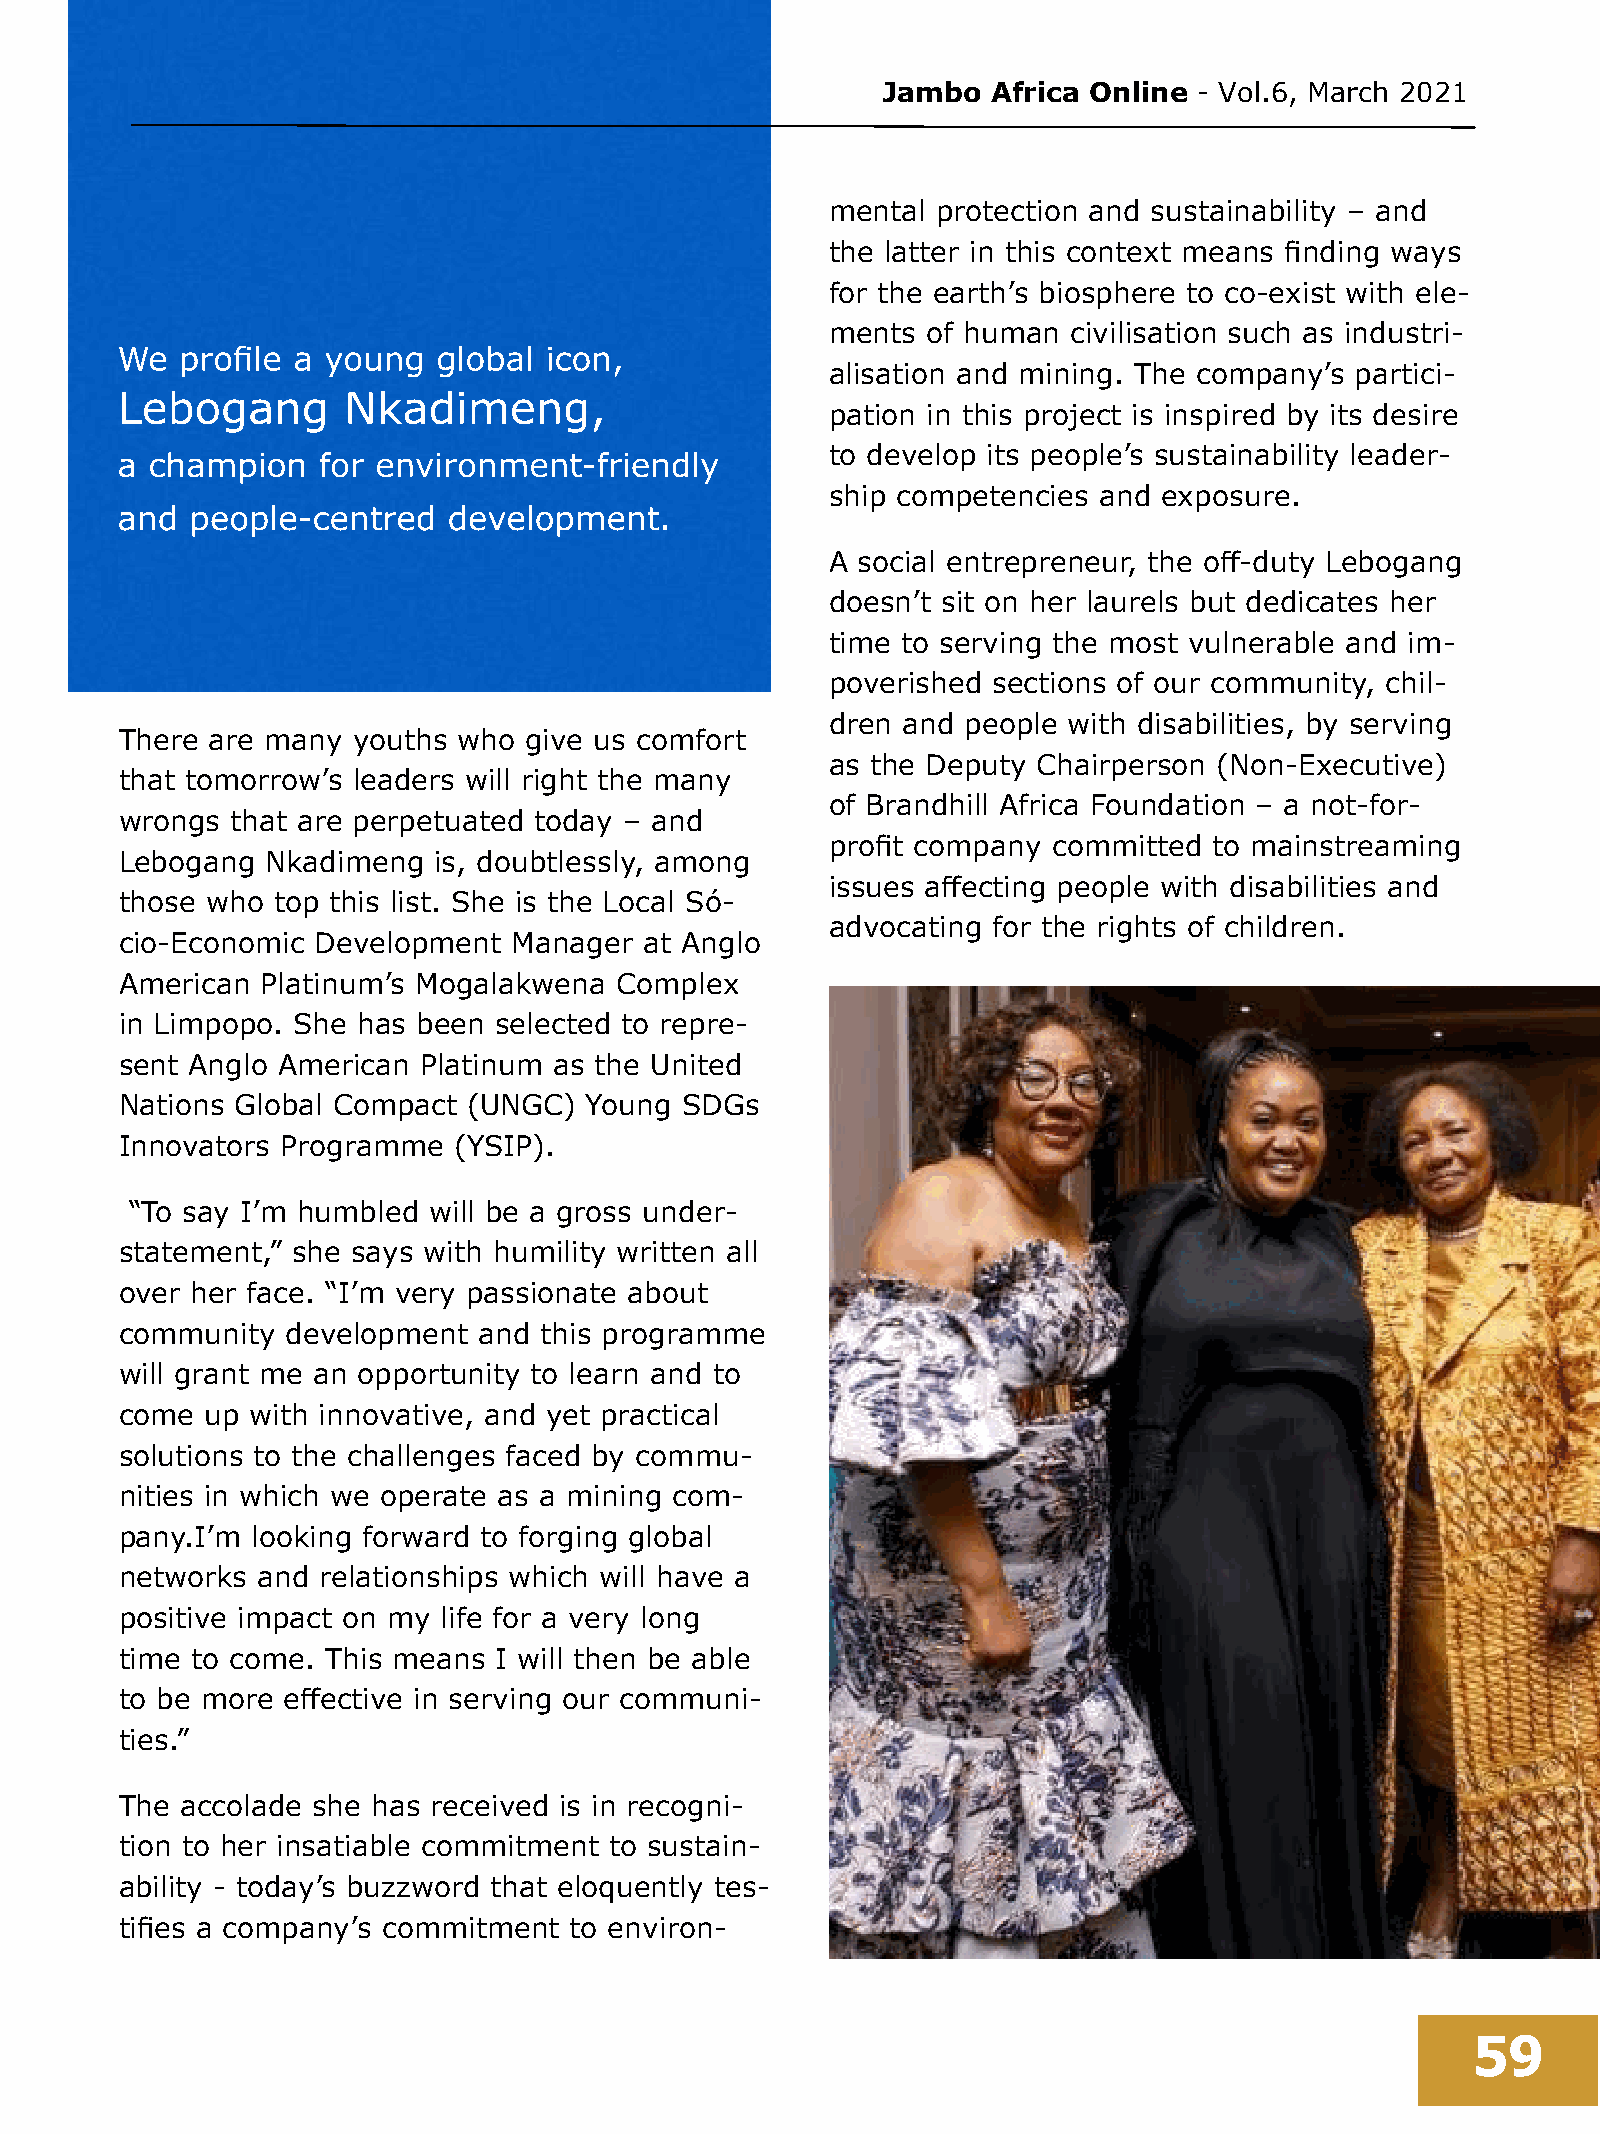
Jambo   Africa Online - Vol.6, March 2021
 mental protection and sustainability – and
 the latter in this context means finding ways
 for the earth’s biosphere to co-exist with ele-
 ments of human  civilisation such as industri-
 alisation and mining. The company’s partici-
 pation in this project is inspired by its desire
 to develop its people’s sustainability leader-
 ship competencies and exposure.
 A social entrepreneur, the off-duty Lebogang
 doesn’t sit on her laurels but dedicates her
 time to serving the most vulnerable and im-
 poverished sections of our community, chil-
 dren and people with disabilities, by serving
 There are many youths who  give us comfort
 as the Deputy Chairperson (Non-Executive)
 that tomorrow’s leaders will right the many
 of Brandhill Africa Foundation – a not-for-
 wrongs that are perpetuated today – and
 profit company committed to mainstreaming
 Lebogang  Nkadimeng  is, doubtlessly, among
 issues affecting people with disabilities and
 those who top this list. She is the Local Só-
 advocating for the rights of children.
 cio-Economic Development  Manager  at Anglo
 American Platinum’s Mogalakwena  Complex
 in Limpopo. She has been selected to repre-
 sent Anglo American Platinum as the United
 Nations Global Compact (UNGC)  Young SDGs
 Innovators Programme  (YSIP).
 “To say I’m humbled will be a gross under-
 statement,” she says with humility written all
 over her face. “I’m very passionate about
 community  development  and this programme
 will grant me an opportunity to learn and to
 come  up with innovative, and yet practical
 solutions to the challenges faced by commu-
 nities in which we operate as a mining com-
 pany.I’m looking forward to forging global
 networks and relationships which will have a
 positive impact on my life for a very long
 time to come. This means I will then be able
 to be more effective in serving our communi-
 ties.”
 The accolade she has received is in recogni-
 tion to her insatiable commitment to sustain-
 ability - today’s buzzword that eloquently tes-
 tifies a company’s commitment to environ-
 59